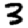
Digit: 3